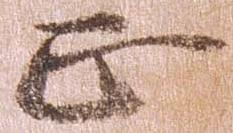
正